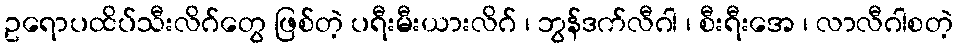
ဥရောပထိပ်သီးလိဂ်တွေ ဖြစ်တဲ့ ပရီးမီးယားလိဂ် ၊ ဘွန်ဒက်လီဂါ ၊ စီးရီးအေ ၊ လာလီဂါစတဲ့